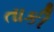
તાકી